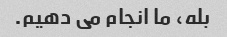
بله، ما انجام می دهیم.